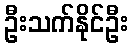
ဦးသက်နိုင်ဦး